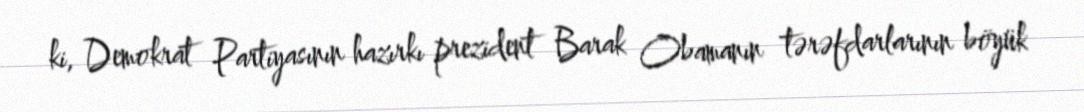
ki, Demokrat Partiyasının hazırkı prezident Barak Obamanın tərəfdarlarının böyük